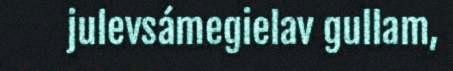
julevsámegielav gullam,